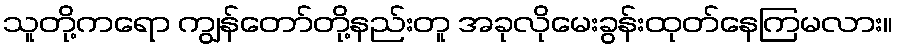
သူတို့ကရော ကျွန်တော်တို့နည်းတူ အခုလိုမေးခွန်းထုတ်နေကြမလား။